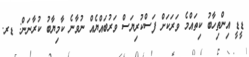
ޑީޑީ އިންތިހާބު ކިތައްމެ ވަރަކަށް ފަސްކުރިޔަސް ވަރުބައްޔެއް ނުވާނެ ކާމިޔާބު ކުރާނަން: ޑރ.